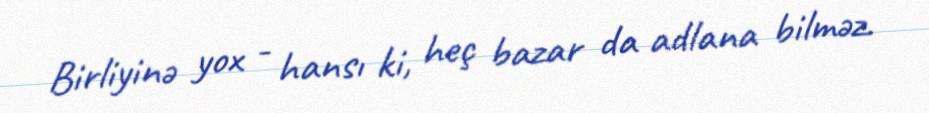
Birliyinə yox - hansı ki, heç bazar da adlana bilməz.